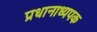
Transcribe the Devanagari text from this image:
प्रधानाध्यपक